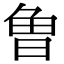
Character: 𭦌